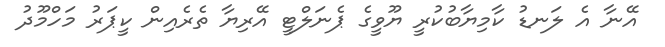
އޭނާ އެ ލަނޑު ކާމިޔާބުކުރީ ޔޫވީގެ ޕެނަލްޓީ އޭރިޔާ ތެރެއިން ކީޕަރު މަހްމޫދު